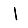
Digit: 1